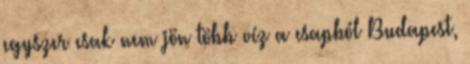
egyszer csak nem jön több víz a csapból Budapest,